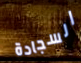
السجادة